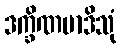
ဒက္ခိဏမာဒိသုံ